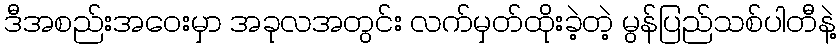
ဒီအစည်းအဝေးမှာ အခုလအတွင်း လက်မှတ်ထိုးခဲ့တဲ့ မွန်ပြည်သစ်ပါတီနဲ့